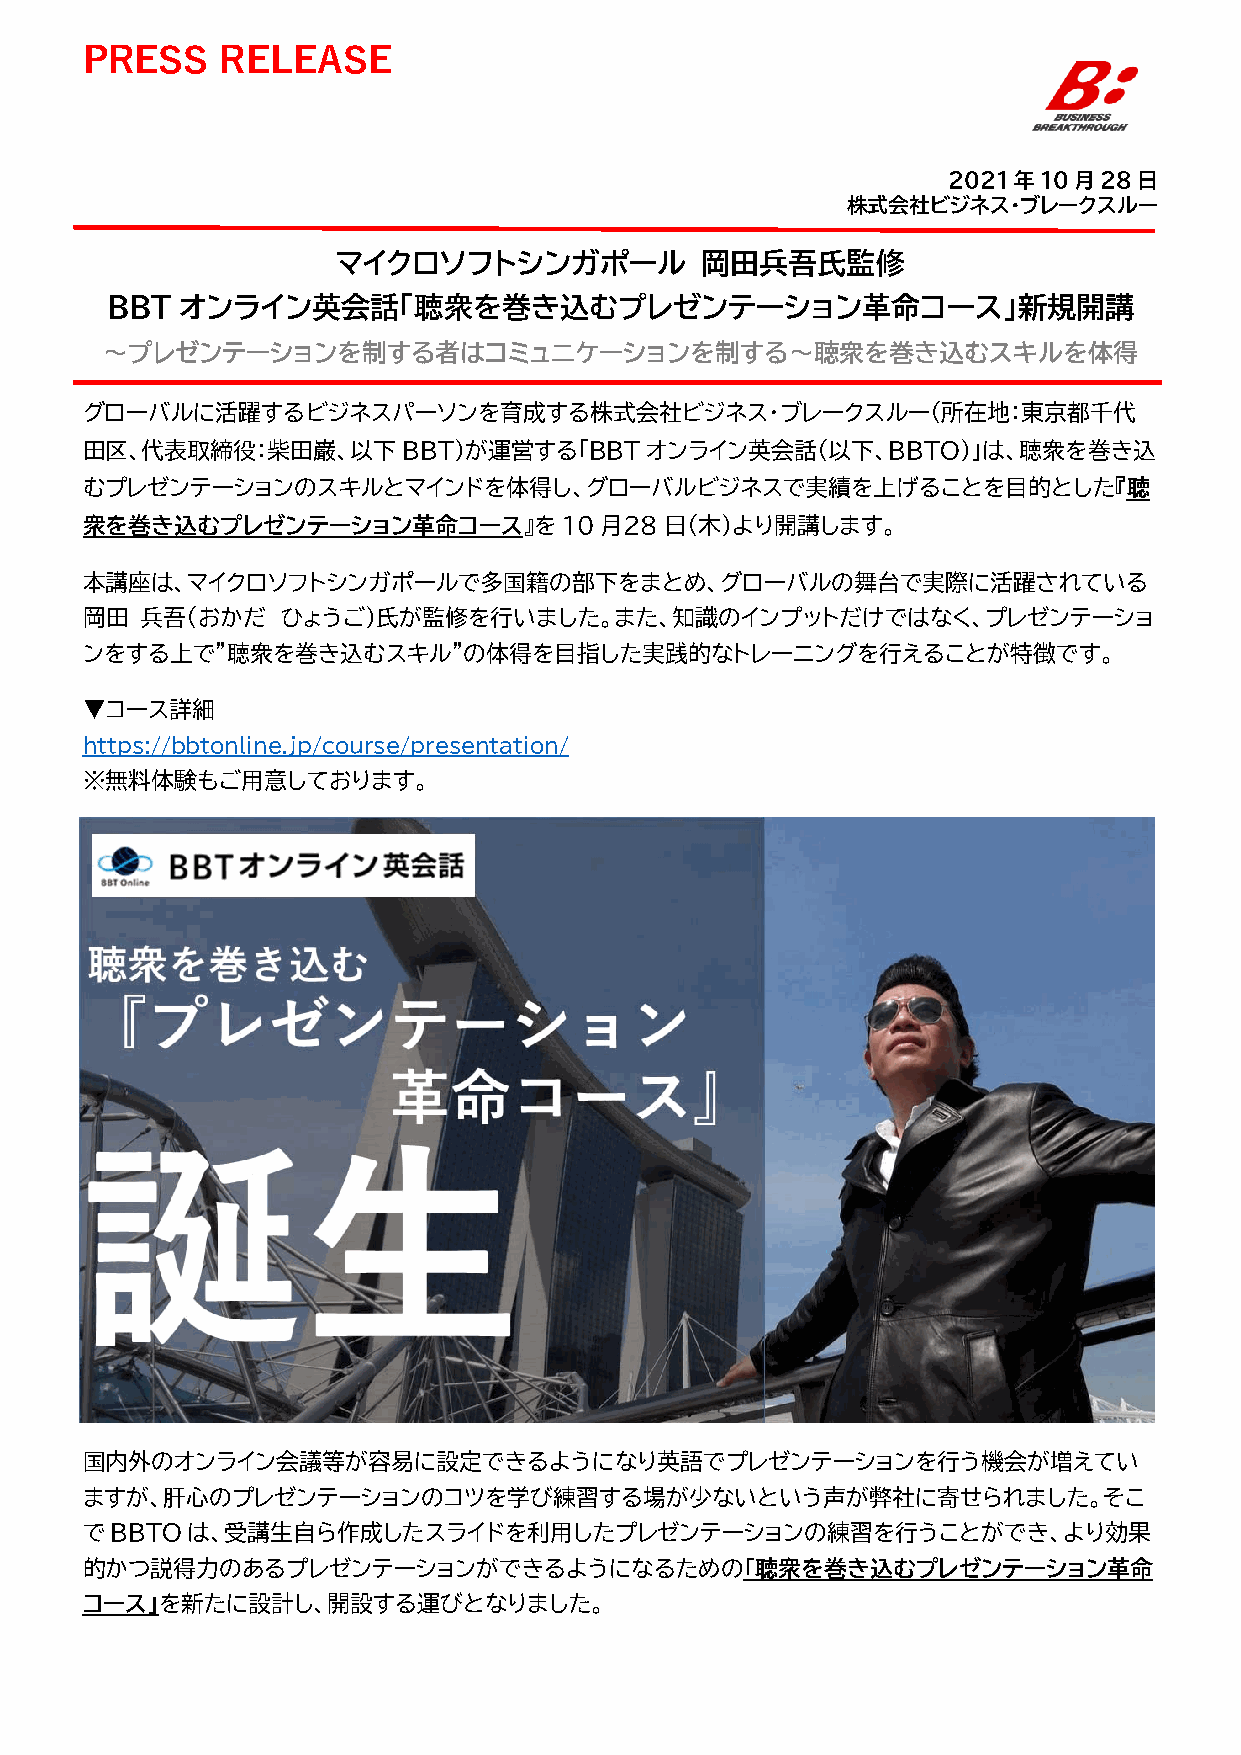
PRESS     RELEASE
 2021年10月28日
 株式会社ビジネス・ブレークスルー
 マイクロソフトシンガポール           岡田兵吾氏監修
 BBT  オンライン英会話「聴衆を巻き込むプレゼンテーション革命コース」新規開講
 〜プレゼンテーションを制する者はコミュニケーションを制する〜聴衆を巻き込むスキルを体得
 グローバルに活躍するビジネスパーソンを育成する株式会社ビジネス・ブレークスルー（所在地：東京都千代
 田区、代表取締役：柴田巌、以下BBT）が運営する「BBTオンライン英会話（以下、BBTO）」は、聴衆を巻き込
 むプレゼンテーションのスキルとマインドを体得し、グローバルビジネスで実績を上げることを目的とした『聴
 衆を巻き込むプレゼンテーション革命コース』を10月２8日（木）より開講します。
 本講座は、マイクロソフトシンガポールで多国籍の部下をまとめ、グローバルの舞台で実際に活躍されている
 岡田  兵吾（おかだ    ひょうご）氏が監修を行いました。また、知識のインプットだけではなく、プレゼンテーショ
 ンをする上で”聴衆を巻き込むスキル”の体得を目指した実践的なトレーニングを行えることが特徴です。
 ▼コース詳細
 https://bbtonline.jp/course/presentation/
 ※無料体験もご用意しております。
 国内外のオンライン会議等が容易に設定できるようになり英語でプレゼンテーションを行う機会が増えてい
 ますが、肝心のプレゼンテーションのコツを学び練習する場が少ないという声が弊社に寄せられました。そこ
 でBBTOは、受講生自ら作成したスライドを利用したプレゼンテーションの練習を行うことができ、より効果
 的かつ説得力のあるプレゼンテーションができるようになるための「聴衆を巻き込むプレゼンテーション革命
 コース」を新たに設計し、開設する運びとなりました。